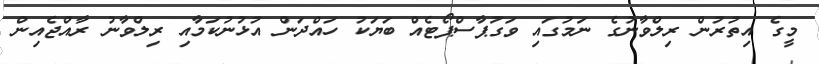
މީގެ އިތުރުން ރިލްވާނުގެ ނަމުގައި ވަގުޕާސްޕޯޓެއް ބަޔަކު ހައްދަން އުޅުނުކަމާއި ރިލްވާނު ރާއްޖެއިން